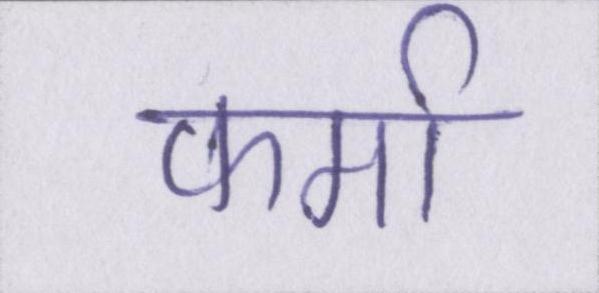
फर्मा